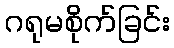
ဂရုမစိုက်ခြင်း